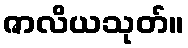
ဇာလိယသုတ်။